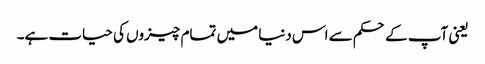
یعنی آپ کے حکم سے اس دنیا میں تمام چیزوں کی حیات ہے۔